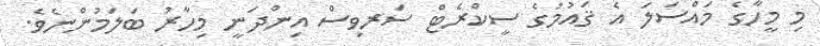
މި މީހާގެ މައްސަލަ އެ ޤައުމުގެ ސީކްރެޓް ސަރވިސް އިންދަނީ މިހާރު ބަލަމުންނެވެ.